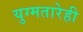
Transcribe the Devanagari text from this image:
युग्मतारेही